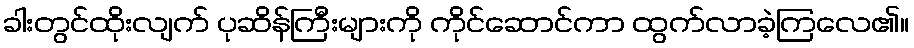
ခါးတွင်ထိုးလျက် ပုဆိန်ကြီးများကို ကိုင်ဆောင်ကာ ထွက်လာခဲ့ကြလေ၏။